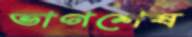
ভাগশেষ